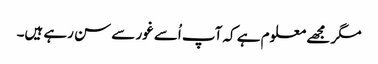
مگر مجھے معلوم ہے کہ آپ اُسے غور سے سن رہے ہیں۔